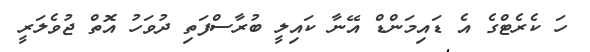
ހަ ކެރެޓްގެ އެ ޑައިމަންޑް އޭނާ ކައިލީ ބުރާސްފަތި ދުވަހު އޮތް ޖުވެލަރީ